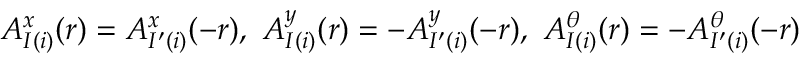
A _ { I ( i ) } ^ { x } ( \boldsymbol { r } ) = A _ { I ^ { \prime } ( i ) } ^ { x } ( - \boldsymbol { r } ) , \ A _ { I ( i ) } ^ { y } ( \boldsymbol { r } ) = - A _ { I ^ { \prime } ( i ) } ^ { y } ( - \boldsymbol { r } ) , \ A _ { I ( i ) } ^ { \theta } ( \boldsymbol { r } ) = - A _ { I ^ { \prime } ( i ) } ^ { \theta } ( - \boldsymbol { r } )